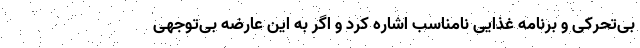
بی‌تحرکی و برنامه غذایی نامناسب اشاره کرد و اگر به این عارضه بی‌توجهی